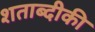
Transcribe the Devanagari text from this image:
शताब्दीकी